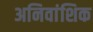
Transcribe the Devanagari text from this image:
अनिवांशिक